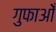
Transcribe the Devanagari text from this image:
गुफाओँ